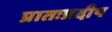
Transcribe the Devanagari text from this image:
प्रातःप्रदीप